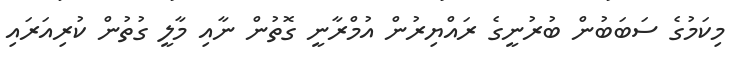
މިކަމުގެ ސަބަބުން ބުރުނީގެ ރައްޔިރުން އުމްރާނީ ގޮތުން ނާއި މާލީ ގުތުން ކުރިއަރައި